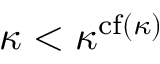
\kappa < \kappa ^ { \operatorname { c f } ( \kappa ) }